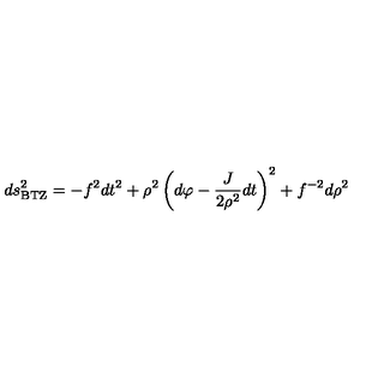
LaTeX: d s _ { \mathrm { B T Z } } ^ { 2 } = - f ^ { 2 } d t ^ { 2 } + \rho ^ { 2 } \left( d \varphi - { \frac { J } { 2 \rho ^ { 2 } } } d t \right) ^ { 2 } + f ^ { - 2 } d \rho ^ { 2 }